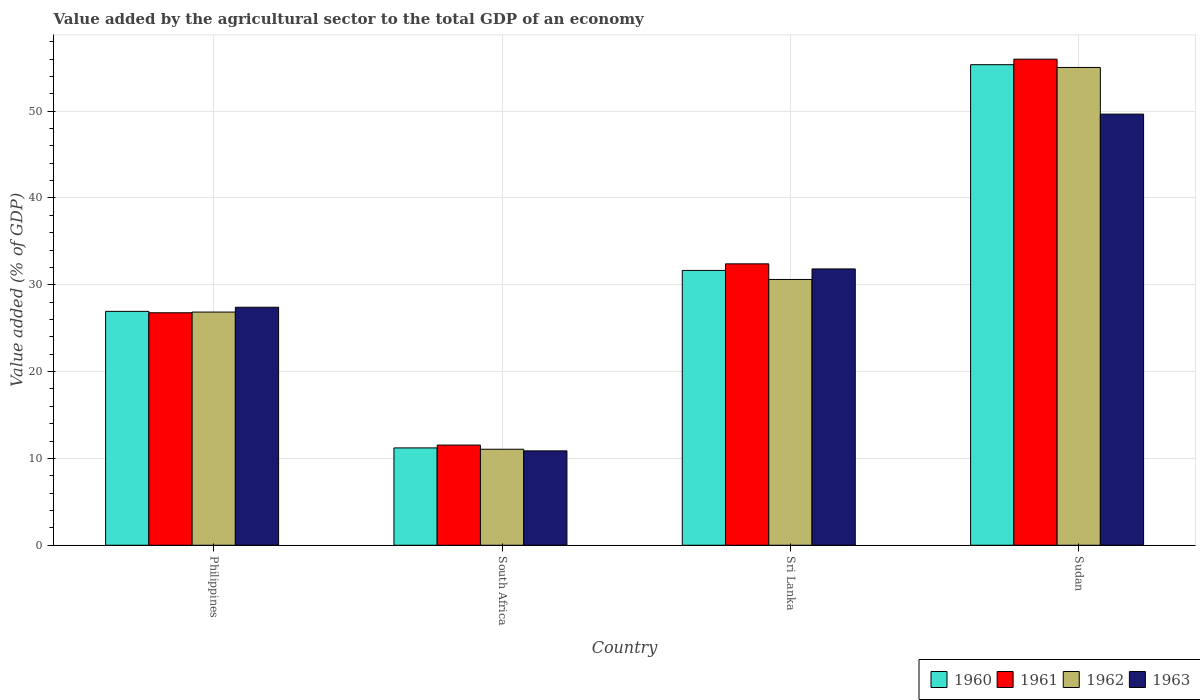
| Country | 1960 | 1961 | 1962 | 1963 |
 | --- | --- | --- | --- | --- |
 | Philippines | 26.9 | 26.8 | 26.9 | 27.4 |
 | South Africa | 11.2 | 11.5 | 11.1 | 10.9 |
 | Sri Lanka | 31.7 | 32.4 | 30.6 | 31.8 |
 | Sudan | 55.4 | 56 | 55 | 49.7 |